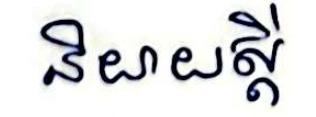
និយាយស្ដី